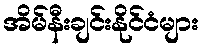
အိမ်နီးချင်းနိုင်ငံများ